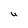
Character: U